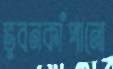
ভুবনকাঁপানো